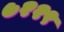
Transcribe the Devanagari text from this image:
७२२९